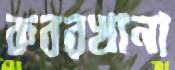
কবরখানা